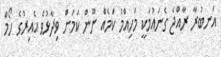
އަނބުރާ ރާއްޖެ ގެނައުމަކީ މުހިއްމު ކަމެއް ނޫން ކަމަށް ވިދާޅުވެ އެއިރުގެ ހޯމް